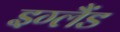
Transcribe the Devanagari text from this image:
इग्‍लैंड